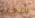
شيء